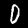
Digit: 0